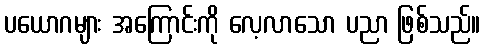
ပယောဂများ အကြောင်းကို လေ့လာသော ပညာ ဖြစ်သည်။